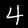
Digit: 4